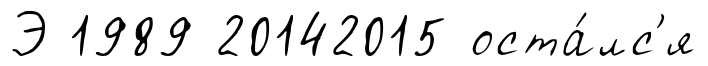
Э 1989 20142015 оста́лс'я